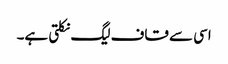
اسی سے قاف لیگ نکلتی ہے۔